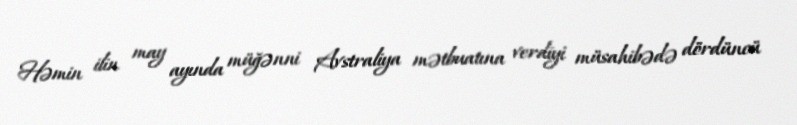
Həmin ilin may ayında müğənni Avstraliya mətbuatına verdiyi müsahibədə dördüncü